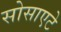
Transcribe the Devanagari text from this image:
सोसाएटे